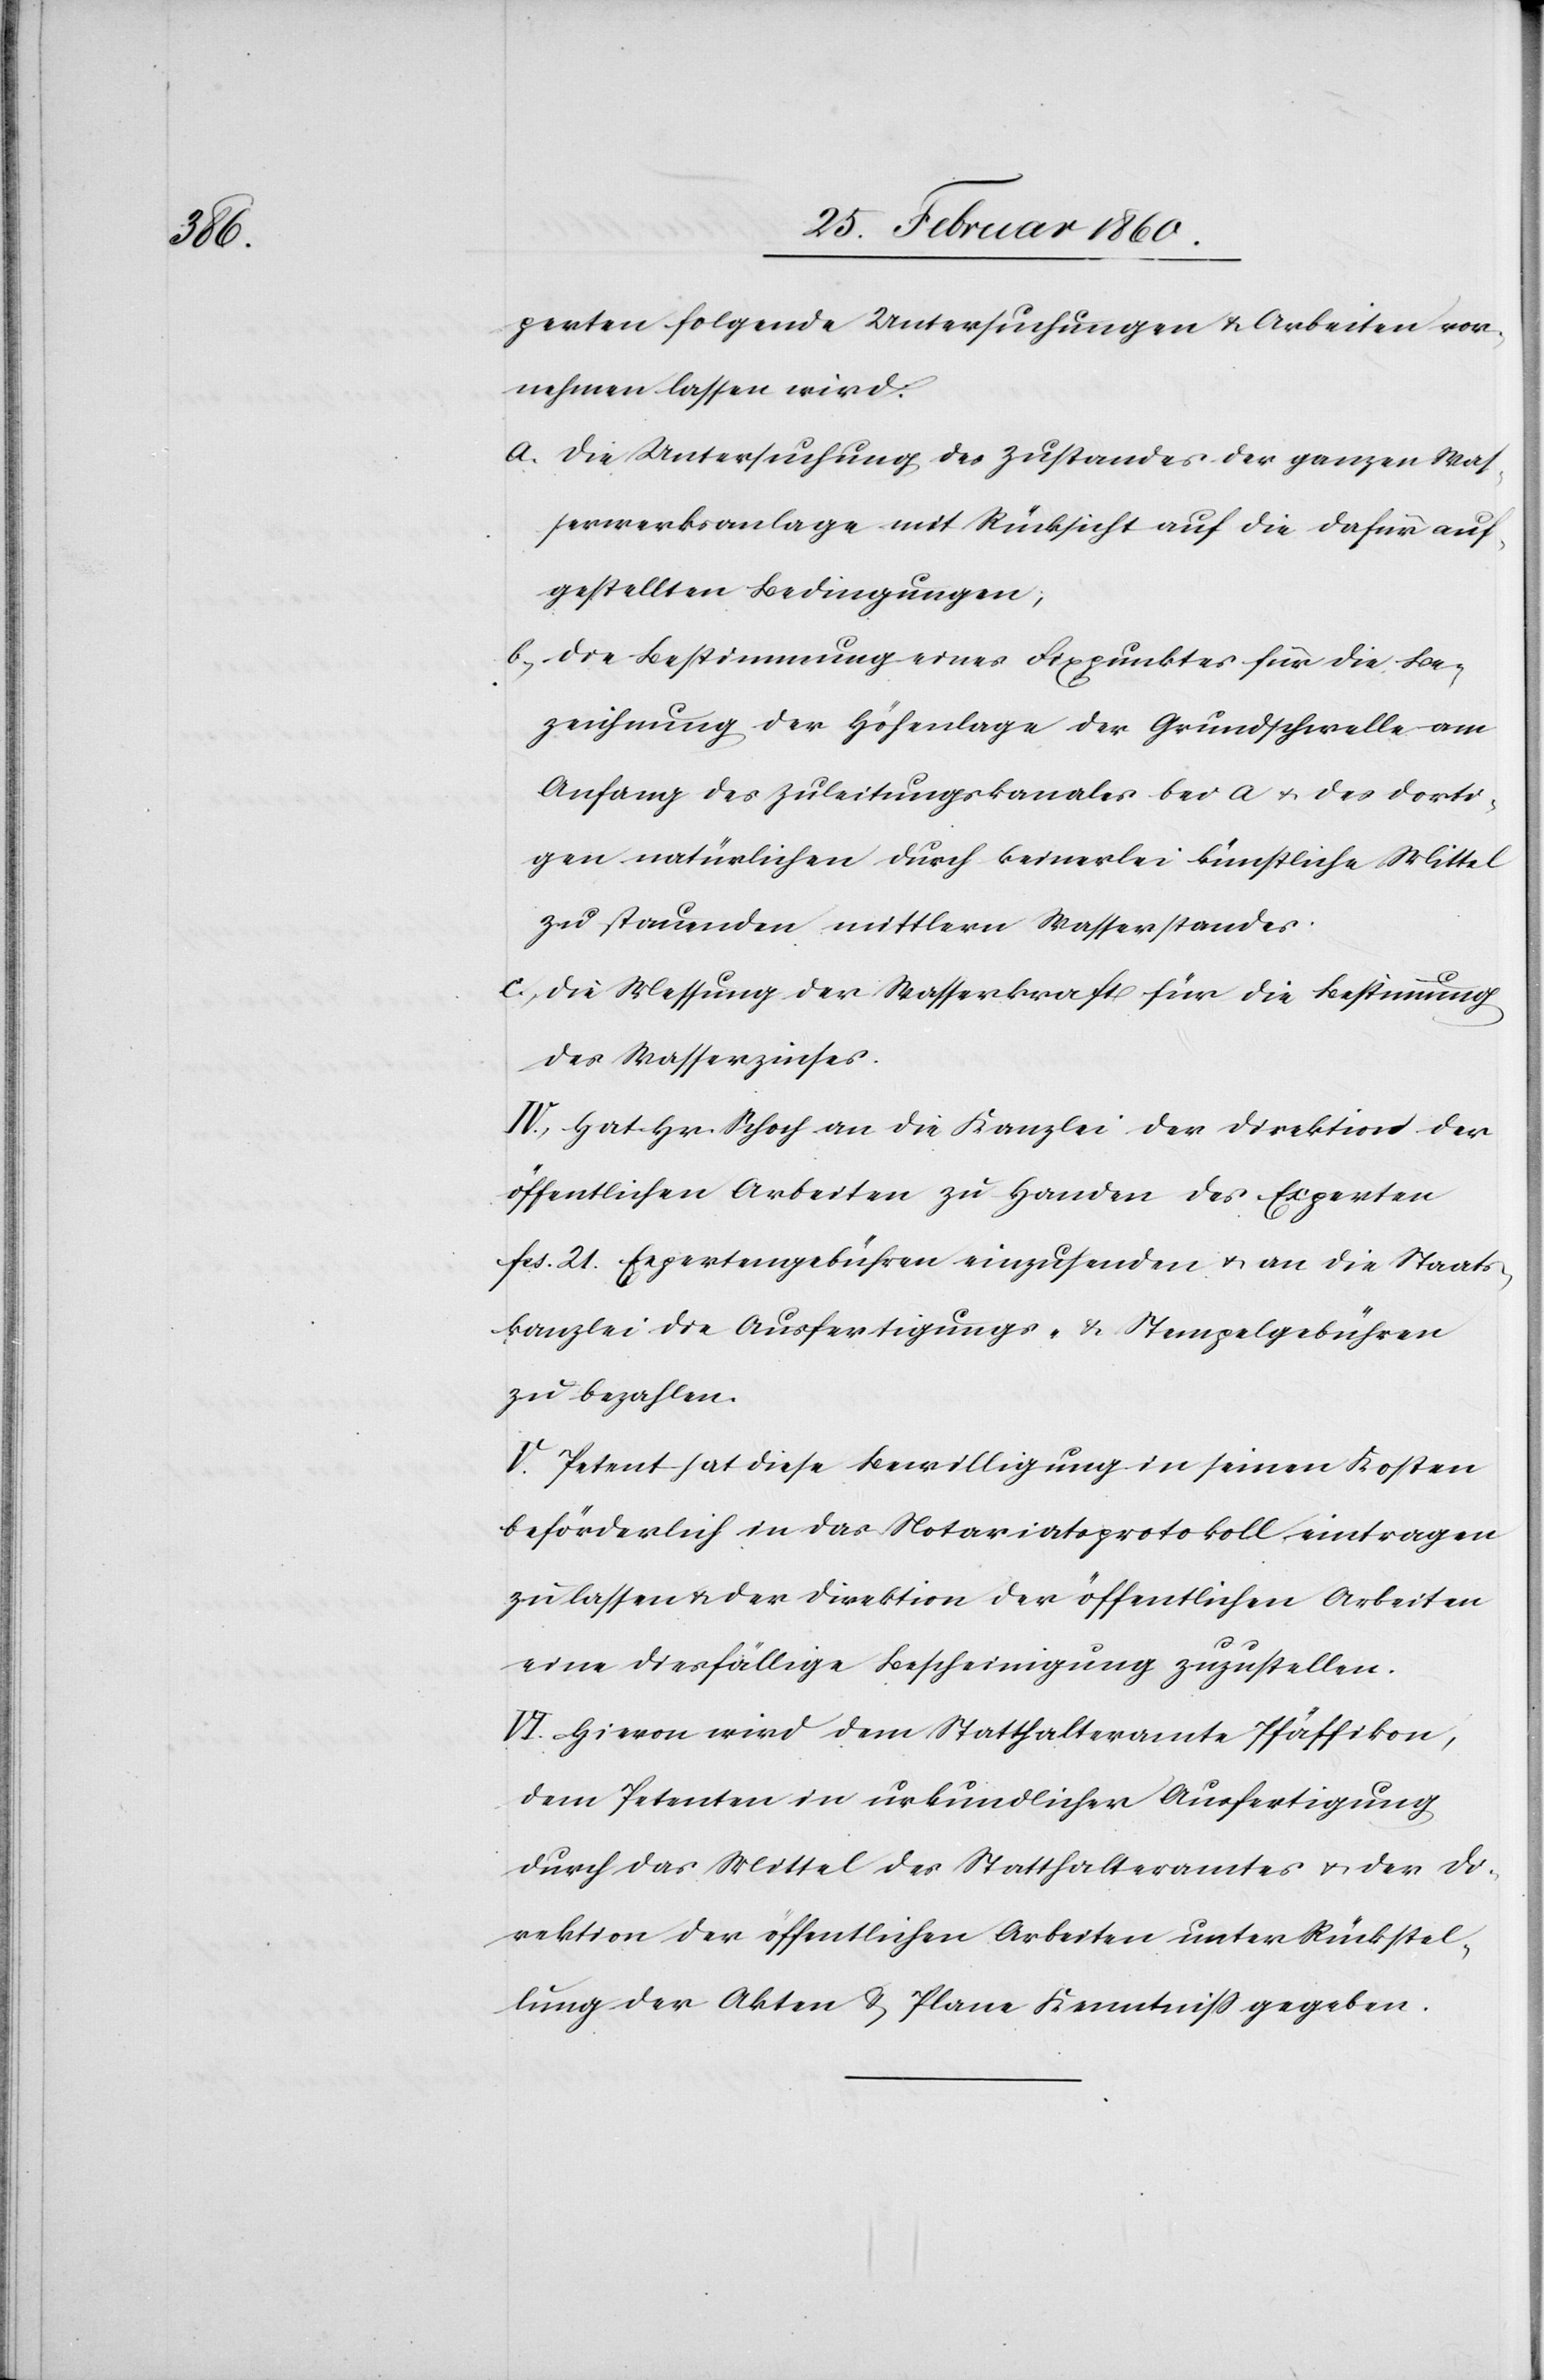
perten folgende Untersuchungen u. Arbeiten vor¬
nehmen lassen wird.
a. die Untersuchung des Zustandes der ganzen Was¬
serwerksanlage mit Rücksicht auf die dafür auf¬
gestellten Bedingungen,
b. die Bestimmung eines Fixpunktes für die Be¬
zeichnung der Höhenlage der Grundschwelle am
Anfang des Zuleitungskanales bei a u. des dorti¬
gen natürlichen durch keinerlei künstliche Mittel
zu stauenden mittlern Wasserstandes.
c. die Messung der Wasserkraft für die Bestimmung
des Wasserzinses.
IV. Hat Hr. Schoch an die Kanzlei der Direktion der
öffentlichen Arbeiten zu Handen des Experten
fcs. 21. Expertengebühren einzusenden u. an die Staats¬
kanzlei die Ausfertigungs- u. Stempelgebühren
zu bezahlen.
V. Petent hat diese Bewilligung in seinen Kosten
beförderlich in das Notariatsprotokoll eintragen
zu lassen u. der Direktion der öffentlichen Arbeiten
eine diesfällige Bescheinigung zuzustellen.
VI. Hievon wird dem Statthalteramte Pfäffikon,
dem Petenten in urkundlicher Ausfertigung
durch das Mittel des Statthalteramtes u. der Di¬
rektion der öffentlichen Arbeiten unter Rückstel¬
lung der Akten u. Plane Kenntniß gegeben.